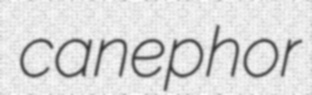
canephor